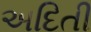
અદિતી